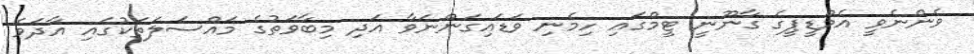
ވެންނެވީ އެމްޑީޕީގެ ގާނޫނީ ޓީމްގައި ހިމެނި ވަޑައިގަންނަވާ އަދި މިބާވަތުގެ މައްސަލަތަކުގައި އާދަވެ